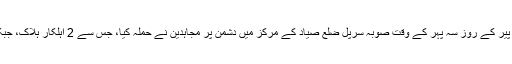
ذرائع کے مطابق پیر کے روز سہ پہر کے وقت صوبہ سرپل ضلع صیاد کے مرکز میں دشمن پر مجاہدین نے حملہ کیا، جس سے 2 اہلکار ہلاک، جبکہ ایک زخمی ہوا۔